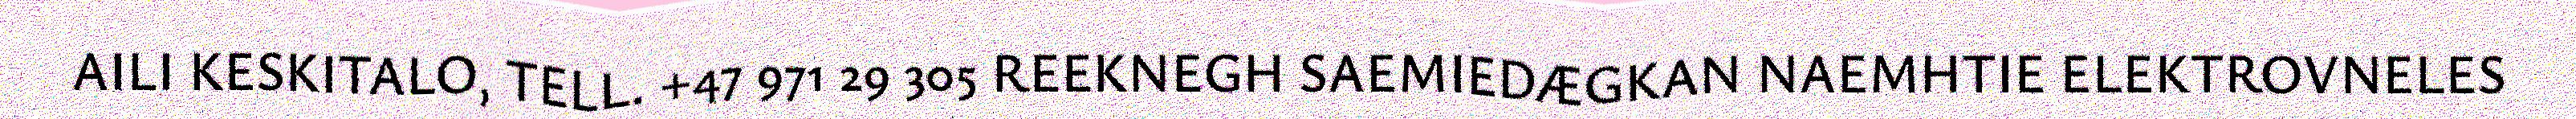
AILI KESKITALO, TELL. +47 971 29 305 REEKNEGH SAEMIEDÆGKAN NAEMHTIE ELEKTROVNELES